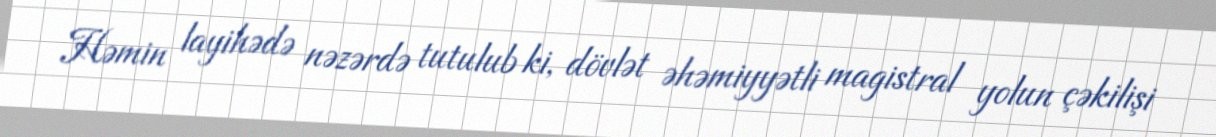
Həmin layihədə nəzərdə tutulub ki, dövlət əhəmiyyətli magistral yolun çəkilişi